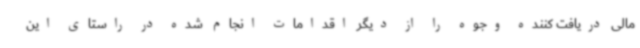
مالی دریافت کننده وجوه را از دیگر اقدامات انجام شده در راستای این